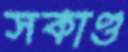
সকাণ্ড